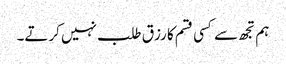
ہم تجھ سے کسی قسم کا رزق طلب نہیں کرتے۔